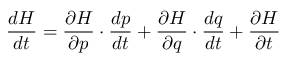
{ \frac { d H } { d t } } = { \frac { \partial H } { \partial { \boldsymbol { p } } } } \cdot { \frac { d { \boldsymbol { p } } } { d t } } + { \frac { \partial H } { \partial { \boldsymbol { q } } } } \cdot { \frac { d { \boldsymbol { q } } } { d t } } + { \frac { \partial H } { \partial t } }